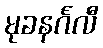
မုခနင်္ဂလီ